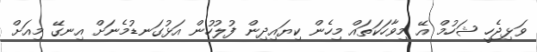
ވަޅިޖެހީ ޝަހުމް އޭ މިވާހަކަތައް މިހެން ކިޔައިދިން ފުލުހުން އަޅުގަނޑުމެނަށް އިނގޭ މިއަށް